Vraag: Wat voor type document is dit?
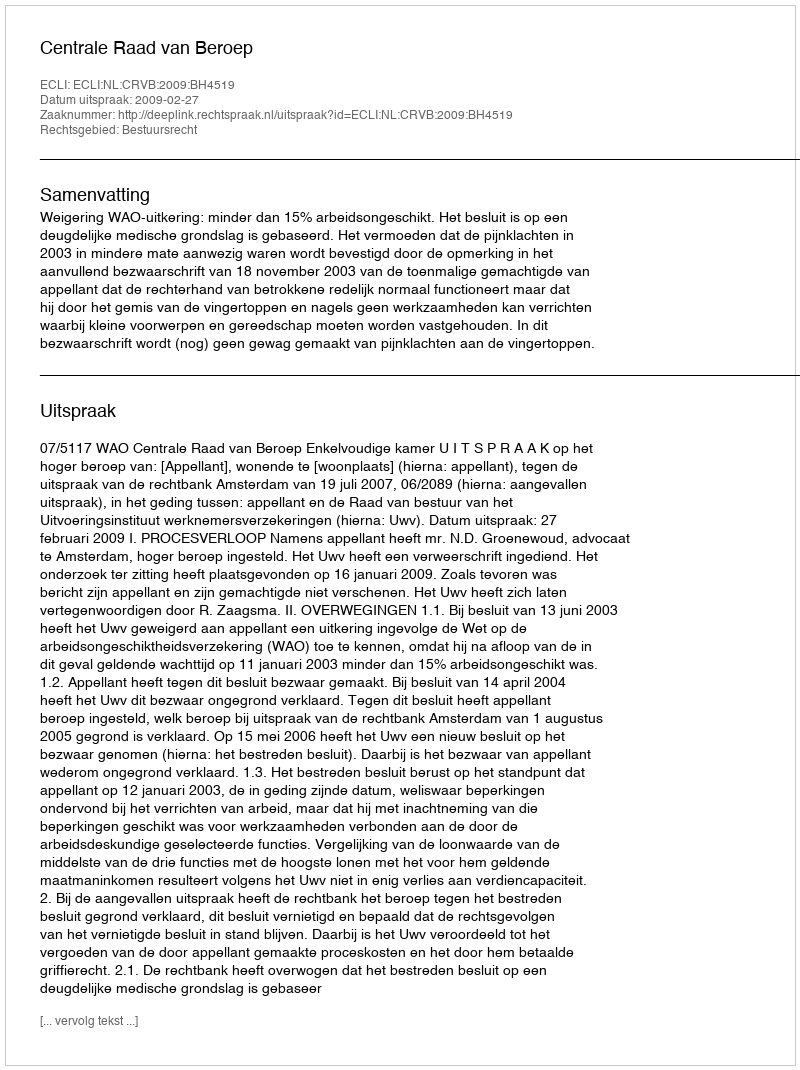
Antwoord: Uitspraak